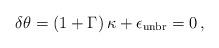
LaTeX: \begin{align*}\delta\theta = \left(1+\Gamma\right)\kappa + \epsilon_{\rm unbr}=0 \, ,\end{align*}